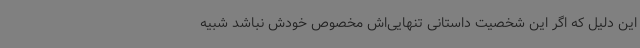
این دلیل که اگر این شخصیت داستانی تنهایی‌اش مخصوص خودش نباشد شبیه